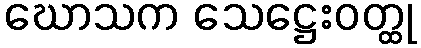
ဃောသက သေဋ္ဌေးဝတ္ထု